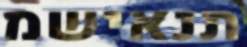
תנאישמ